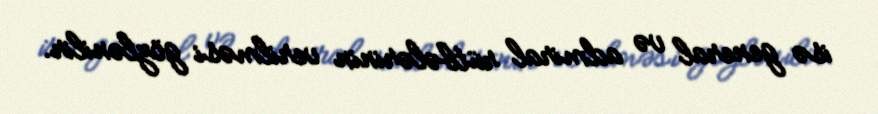
isə general və admiral rütbələrinin verilməsi gözlənilir.